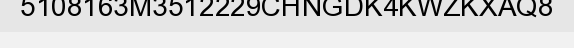
5108163M3512229CHNGDK4KWZKXAQ8